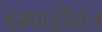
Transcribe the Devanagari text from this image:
एस्पाइरेशन